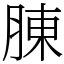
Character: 腖